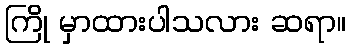
ကြို မှာထားပါသလား ဆရာ။